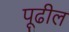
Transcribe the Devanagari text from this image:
पूढील